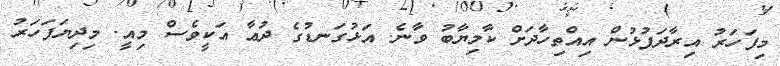
މިފަހަރު އިރާދަފުޅުން އިއްތިހާދަށް ކާމިޔާބު ވާނެ. އަޅުގަނޑުގެ ދުޢާ އަކީވެސް މިއީ. މިދިޔަފަހަރު